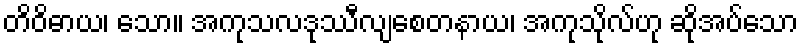
တိဝိဓာယ၊ သော။ အကုသလဒုဿီလျစေတနာယ၊ အကုသိုလ်ဟု ဆိုအပ်သော